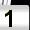
Digit: 1